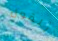
للقول